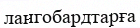
лангобардтарға